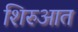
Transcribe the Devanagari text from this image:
शिरुआत